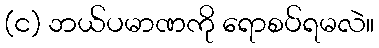
(င) ဘယ်ပမာဏကို ရောစပ်ရမလဲ။